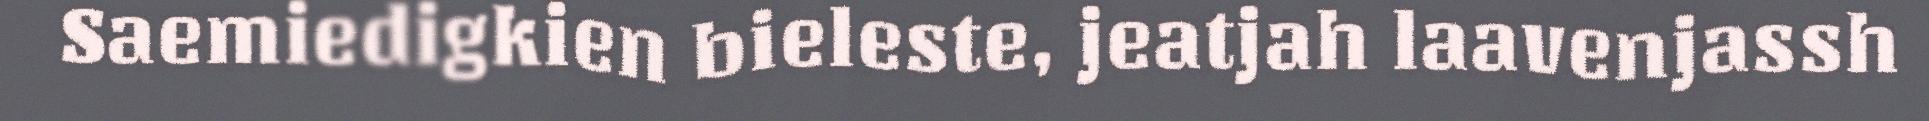
Saemiedigkien bieleste, jeatjah laavenjassh